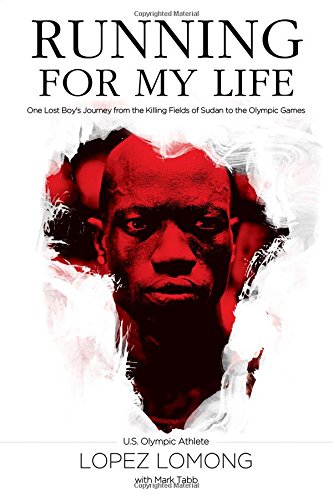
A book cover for Running for My Life: One Lost Boy's Journey from the Killing Fields of Sudan to the Olympic Games; Lopez Lomong; History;